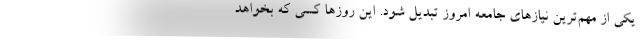
یکی از مهم­ترین نیازهای جامعه امروز تبدیل شود. این روزها کسی که بخواهد